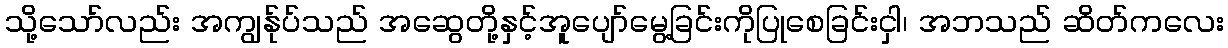
သို့သော်လည်း အကျွန်ုပ်သည် အဆွေတို့နှင့်အူပျော်မွေ့ခြင်းကိုပြုစေခြင်းငှါ၊ အဘသည် ဆိတ်ကလေး